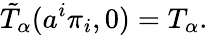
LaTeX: \tilde{T}_{\alpha}(a^{i}\pi_{i},0)=T_{\alpha}.